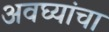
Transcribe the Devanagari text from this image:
अवघ्यांचा